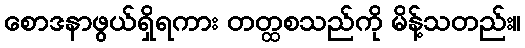
စောဒနာဖွယ်ရှိရကား တတ္ထစသည်ကို မိန့်သတည်း။